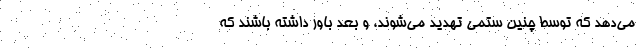
می‌دهد که توسط چنین ستمی تهدید می‌شوند، و بعد باور داشته باشند که